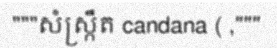
"""សំស្ក្រឹត candana ( ,"""